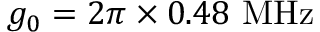
g _ { 0 } = 2 \pi \times 0 . 4 8 ~ \mathrm { M H z }